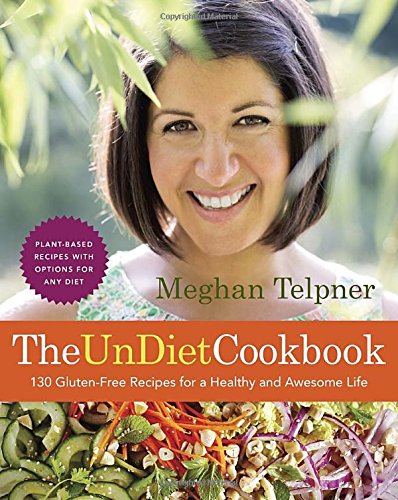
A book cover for The UnDiet Cookbook: 130 Gluten-Free Recipes for a Healthy and Awesome Life: Plant-Based Meals with Options for Any Diet; Meghan Telpner; Cookbooks, Food & Wine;